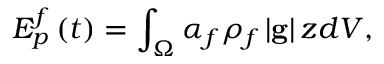
E _ { p } ^ { f } \left( t \right) = \int _ { \Omega } \alpha _ { f } \rho _ { f } \left| \mathbf { g } \right| z d V ,